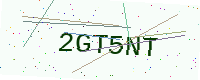
Text: 2GT5NT